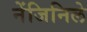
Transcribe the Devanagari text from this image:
नेंजिनिले